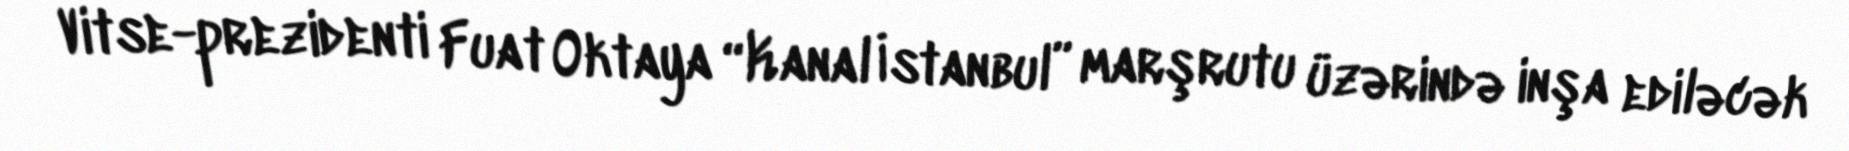
Vitse-prezidenti Fuat Oktaya “Kanal İstanbul” marşrutu üzərində inşa ediləcək